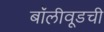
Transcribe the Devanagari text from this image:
बॉलीवूडची